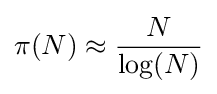
\pi (N)\approx {\frac {N}{\log(N)}}